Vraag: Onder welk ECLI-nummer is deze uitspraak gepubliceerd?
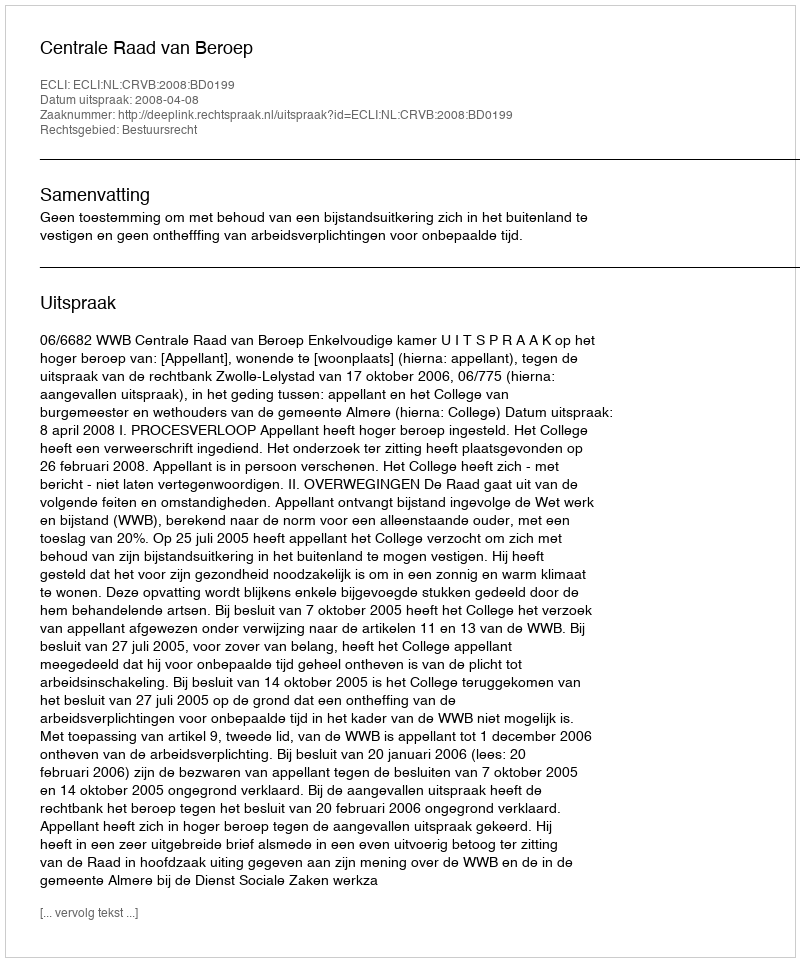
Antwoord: ECLI:NL:CRVB:2008:BD0199